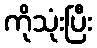
ကိုသုံးပြီး